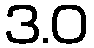
3.0